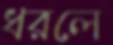
ধরলে